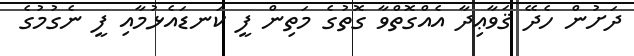
ދަށުން ހެދޭ ޤަވާޢިދާ އެއްގޮތްވާ ގޮތުގެ މަތިން ފީ ކަނޑައެޅުމާއި ފީ ނެގުމުގެ